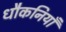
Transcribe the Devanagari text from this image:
धौकनियाँ